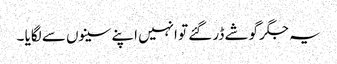
یہ جگر گوشے ڈر گئے تو انہیں اپنے سینوں سے لگایا ۔